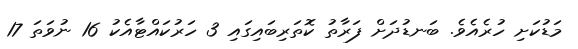
މަޑުކަށި ހުރެއެވެ. ބަނޑުދަށް ފަރާތު ކޮތަރިބައިގައި 3 ހަރުކައްޓާއެކު 16 ނުވަތަ 17